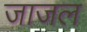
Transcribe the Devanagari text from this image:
जाजल